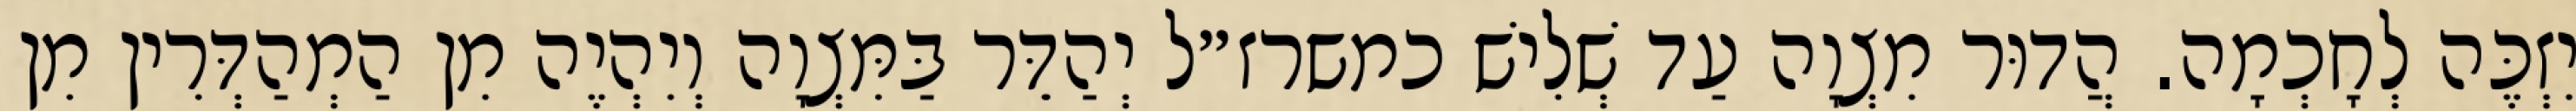
יִזְכֶּה לְחָכְמָה. הֲדוּר מִצְוָה עַד שְׁלִישׁ כמשרז״ל יְהַדֵּר בַּמִּצְוָה וְיִהְיֶה מִן הַמְהַדְּרִין מִן